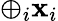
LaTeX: \oplus_{i}\mathbf{x}_{i}